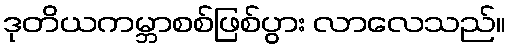
ဒုတိယကမ္ဘာစစ်ဖြစ်ပွား လာလေသည်။